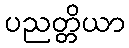
ပညတ္တိယာ